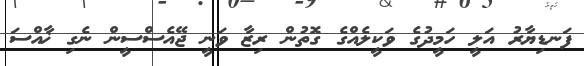
ފަނޑިޔާރު އަލީ ހަމީދުގެ ވަކީލެއްގެ ގޮތުން ރިޒާ ވަނީ ޖޭއެސްސީން ނެގި ޚާއްސަ